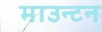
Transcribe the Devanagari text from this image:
माउन्टन